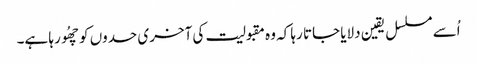
اُسے مسلسل یقین دلایا جاتا رہا کہ وہ مقبولیت کی آخری حدوں کو چھُو رہا ہے۔